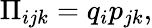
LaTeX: \Pi_{ijk}=q_{i}p_{jk},